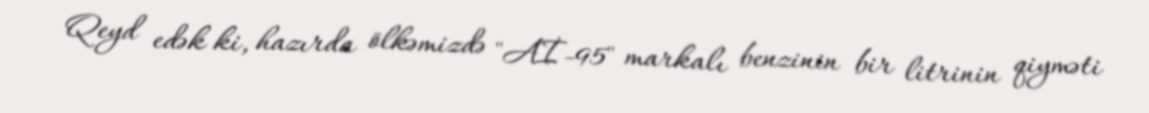
Qeyd edək ki, hazırda ölkəmizdə "Aİ-95" markalı benzinin bir litrinin qiyməti